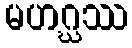
မဟဂ္ဃဿ